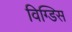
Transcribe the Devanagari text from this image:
विग्डिस